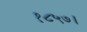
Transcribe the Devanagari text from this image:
१८५७।